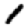
Digit: 1